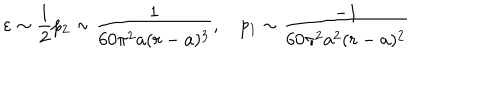
\varepsilon \sim \frac { 1 } { 2 } p _ { 2 } \sim \frac { 1 } { 6 0 \pi ^ { 2 } a ( r - a ) ^ { 3 } } , \quad p _ { 1 } \sim \frac { - 1 } { 6 0 \pi ^ { 2 } a ^ { 2 } ( r - a ) ^ { 2 } }